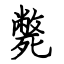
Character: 斃